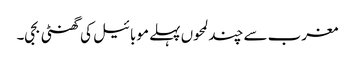
مغرب سے چند لمحوں پہلے موبائیل کی گھنٹی بجی۔